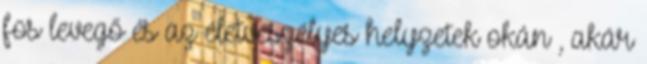
fos levegő és az életveszélyes helyzetek okán , akár